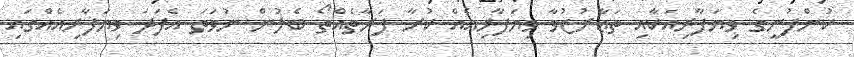
ކުންފުނީގެ ވިޔަފާރިއަކާއި ތަޢާރުޒުވާ ވިޔަފާރިއެއް ކުރާ ފަރާތެއްތޯ ބެލުން ނުވަތަ އެފަދަ ވިޔަފާރިއެއްގައި